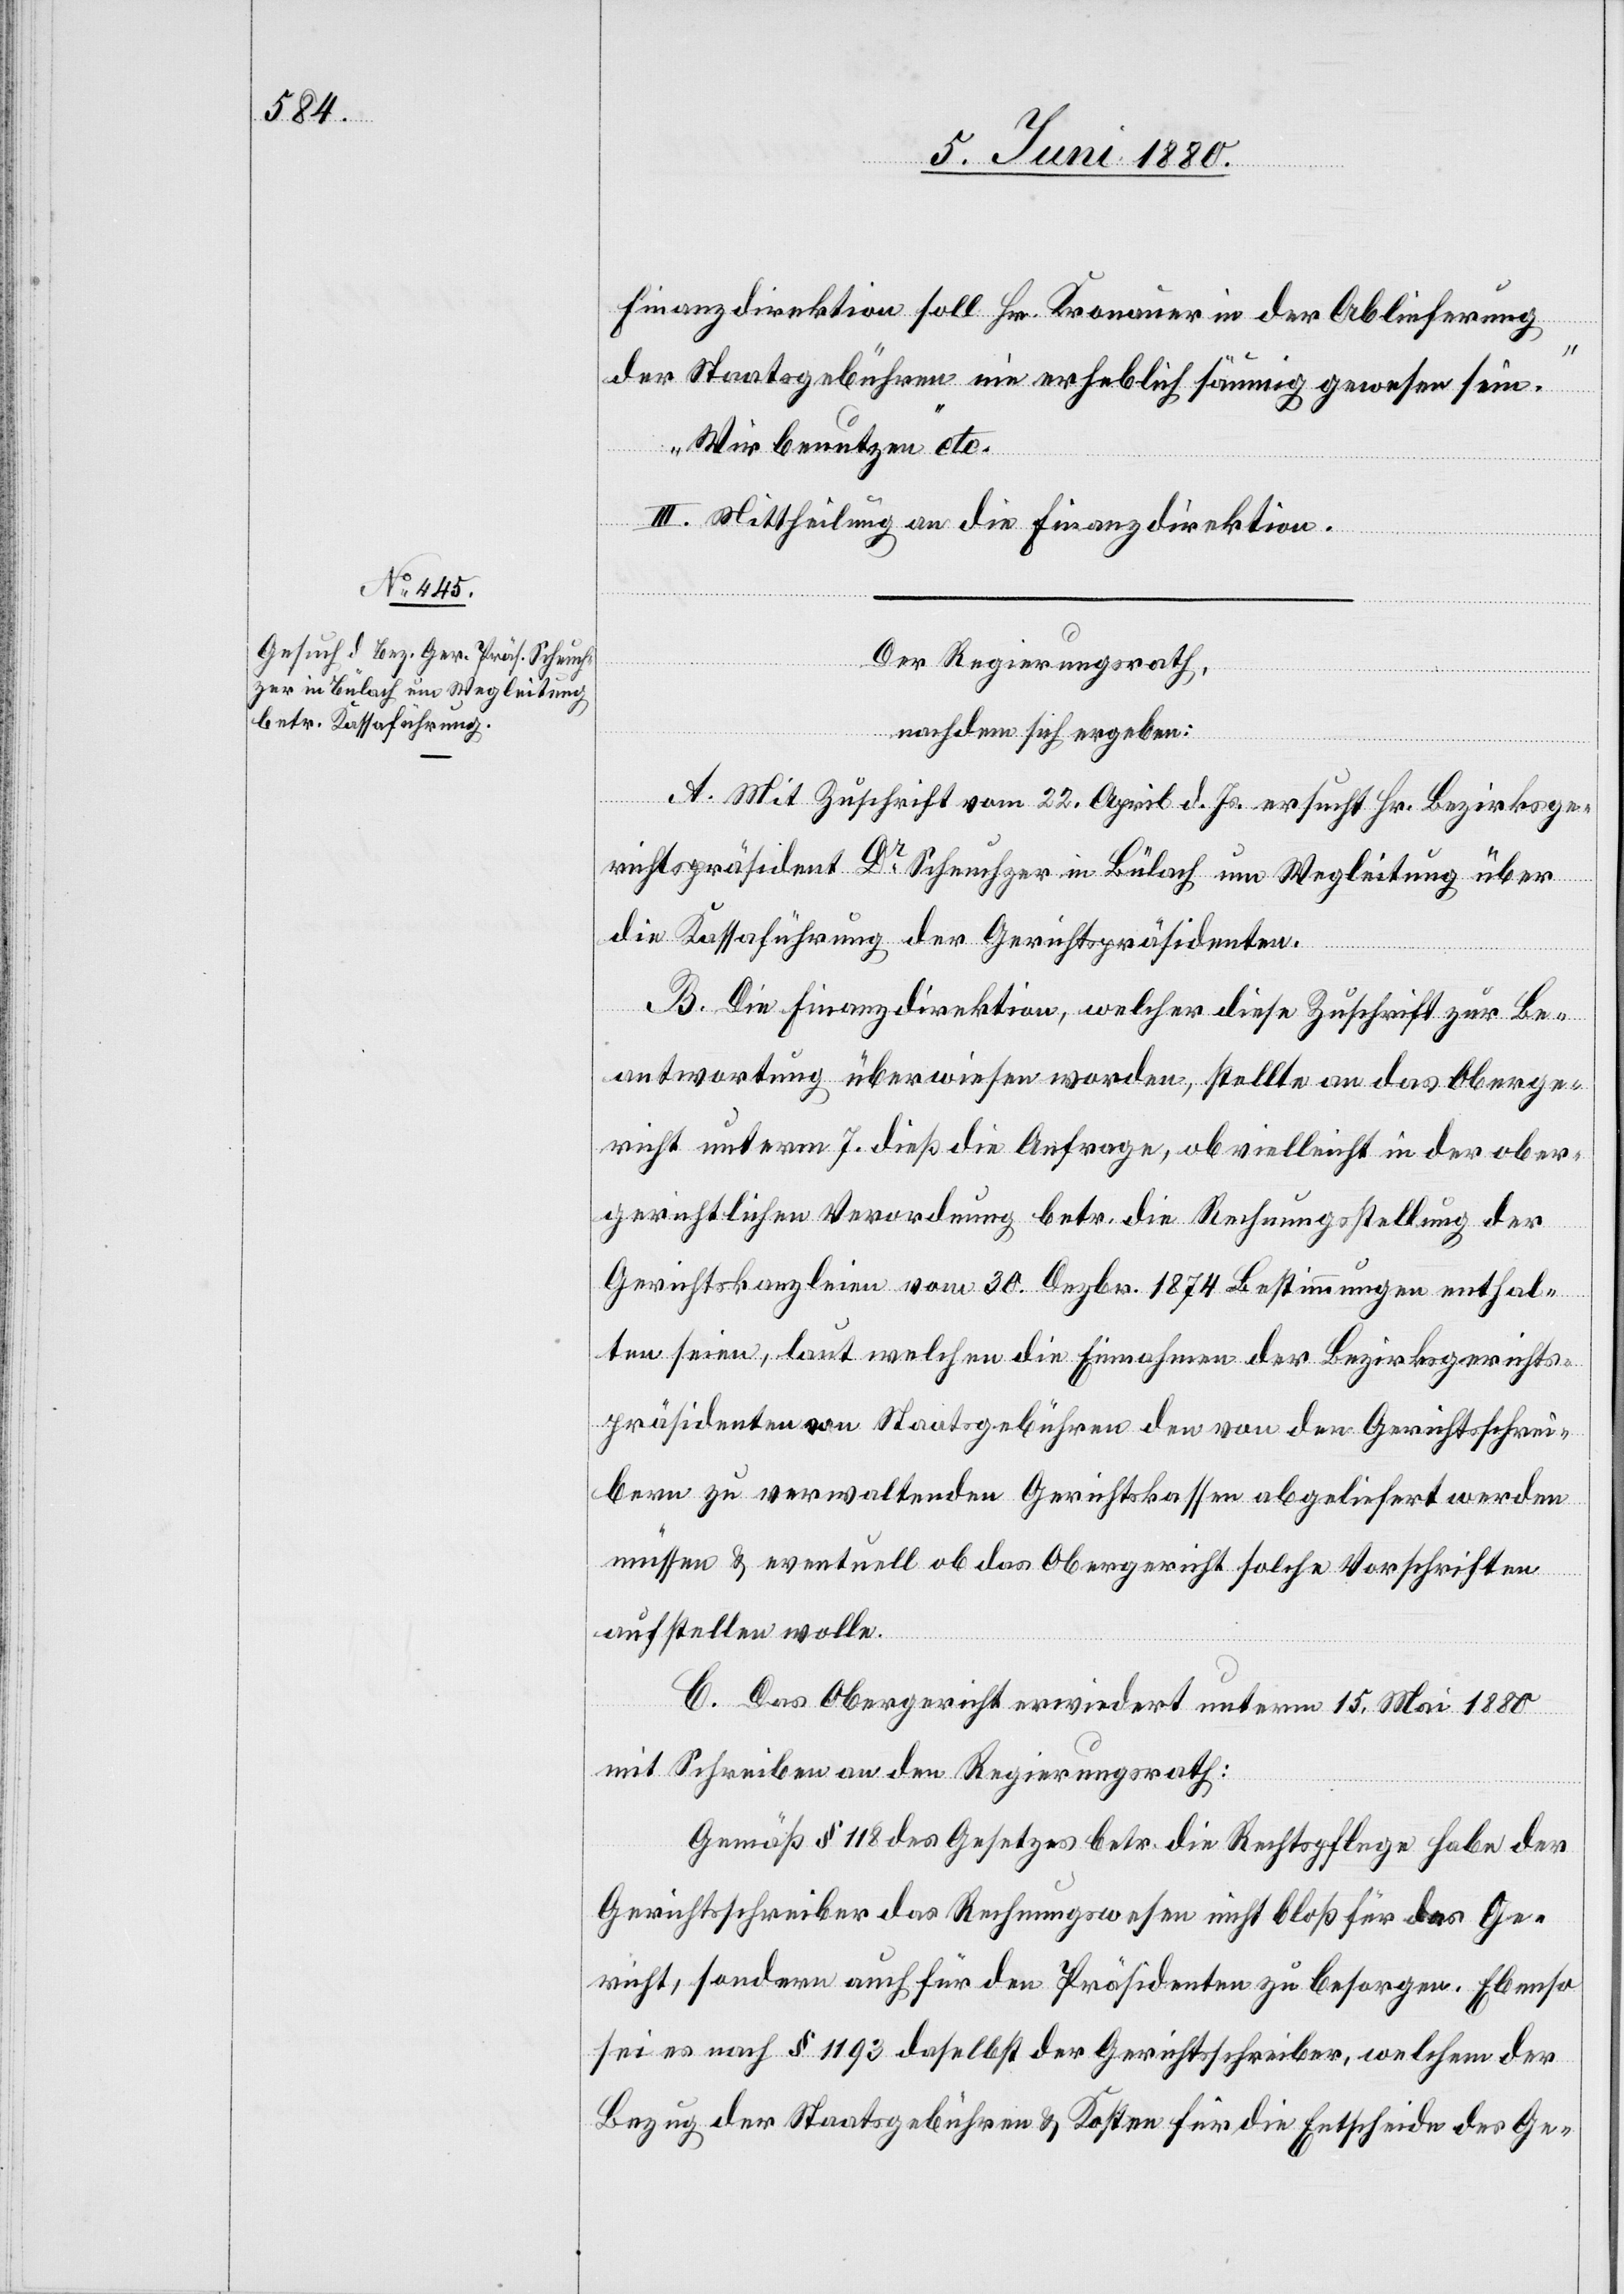
Finanzdirektion soll Hr. Kornauer in der Ablieferung
der Staatsgebühren nie erheblich säumig gewesen sein.
Wir benutzen“ etc.
III. Mittheilung an die Finanzdirektion.
Der Regierungsrath,
nachdem sich ergeben:
A. Mit Zuschrift vom 22. April d. Js. ersucht Hr. Bezirksge¬
richtspräsident Dr Scheuchzer in Bülach um Wegleitung über
die Kassaführung der Gerichtspräsidenten.
B. Die Finanzdirektion, welcher diese Zuschrift zur Be¬
antwortung überwiesen worden, stellte an das Oberge¬
richt unterm 7. dieß die Anfrage, ob vielleicht in der ober¬
gerichtlichen Verordnung betr. die Rechnungsstellung der
Gerichtskanzleien vom 30. Dezbr. 1874 Bestimmungen enthal¬
ten seien, laut welchen die Einnahmen der Bezirksgerichts¬
präsidenten von Staatsgebühren den von der Gerichtsschrei¬
bern zu verwaltenden Gerichtskassen abgeliefert werden
müssen & eventuell ob das Obergericht solche Vorschriften
aufstellen wolle.
C. Das Obergericht erwiedert unterm 15. Mai 1880
mit Schreiben an den Regierungsrath:
Gemäß § 118 des Gesetzes betr. die Rechtspflege habe der
Gerichtsschreiber das Rechnungswesen nicht bloß für das Ge¬
richt, sondern auch für den Präsidenten zu besorgen. Ebenso
sei es nach § 1193 daselbst der Gerichtsschreiber, welchem der
Bezug der Staatsgebühren & Kosten für die Entscheide der Ge-